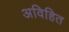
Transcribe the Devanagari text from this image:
अविहित